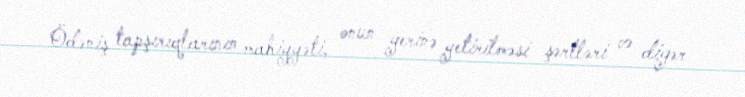
Ödəniş tapşırıqlarının mahiyyəti, onun yerinə yetirilməsi şərtləri və digər